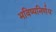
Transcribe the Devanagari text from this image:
भविष्यनिर्णय